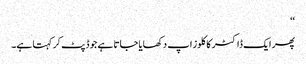
‘‘
پھر ایک ڈاکٹر کا کلوز اپ دکھایا جاتا ہے جو ڈپٹ کر کہتا ہے۔